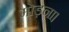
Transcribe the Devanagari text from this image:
मोड़ना।